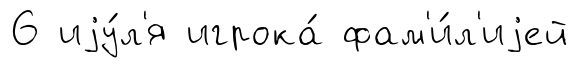
6 иjу́л'я игрока́ фам'и́л'иjей